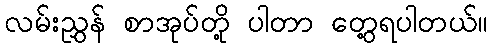
လမ်းညွှန် စာအုပ်တို့ ပါတာ တွေ့ရပါတယ်။